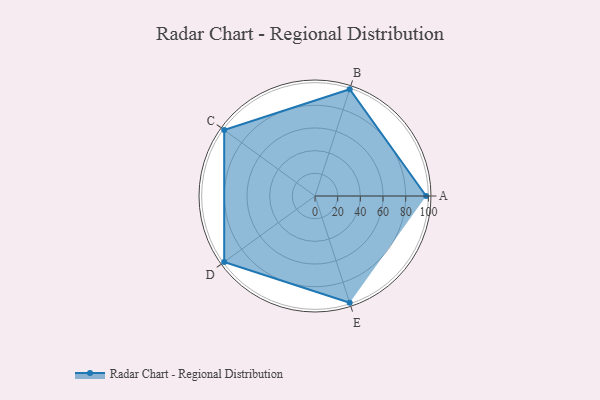
{"axis": {"x": "Skill", "y": "Score"}, "legend": ["Profile"], "data": [{"x": "A", "y": 98.0, "type": "Profile"}, {"x": "B", "y": 99, "type": "Profile"}, {"x": "C", "y": 99, "type": "Profile"}, {"x": "D", "y": 99, "type": "Profile"}, {"x": "E", "y": 99, "type": "Profile"}]}